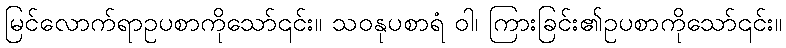
မြင်လောက်ရာဥပစာကိုသော်၎င်း။ သဝနုပစာရံ ဝါ၊ ကြားခြင်း၏ဥပစာကိုသော်၎င်း။